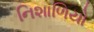
નિશાળિયો